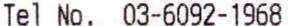
TEL NO. 03-6092-1968